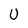
Character: U